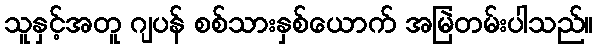
သူနှင့်အတူ ဂျပန် စစ်သားနှစ်ယောက် အမြဲတမ်းပါသည်။